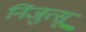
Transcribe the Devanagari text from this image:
निंजुत्सू